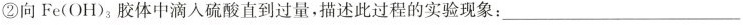
②向Fe(OH)_{3}胶体中滴入硫酸直到过量，描述此过程的实验现象：___